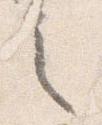
之